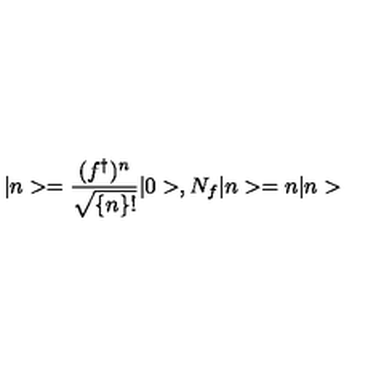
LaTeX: | n > = \frac { ( f ^ { \dagger } ) ^ { n } } { \sqrt { \{ n \} ! } } | 0 > , N _ { f } | n > = n | n >